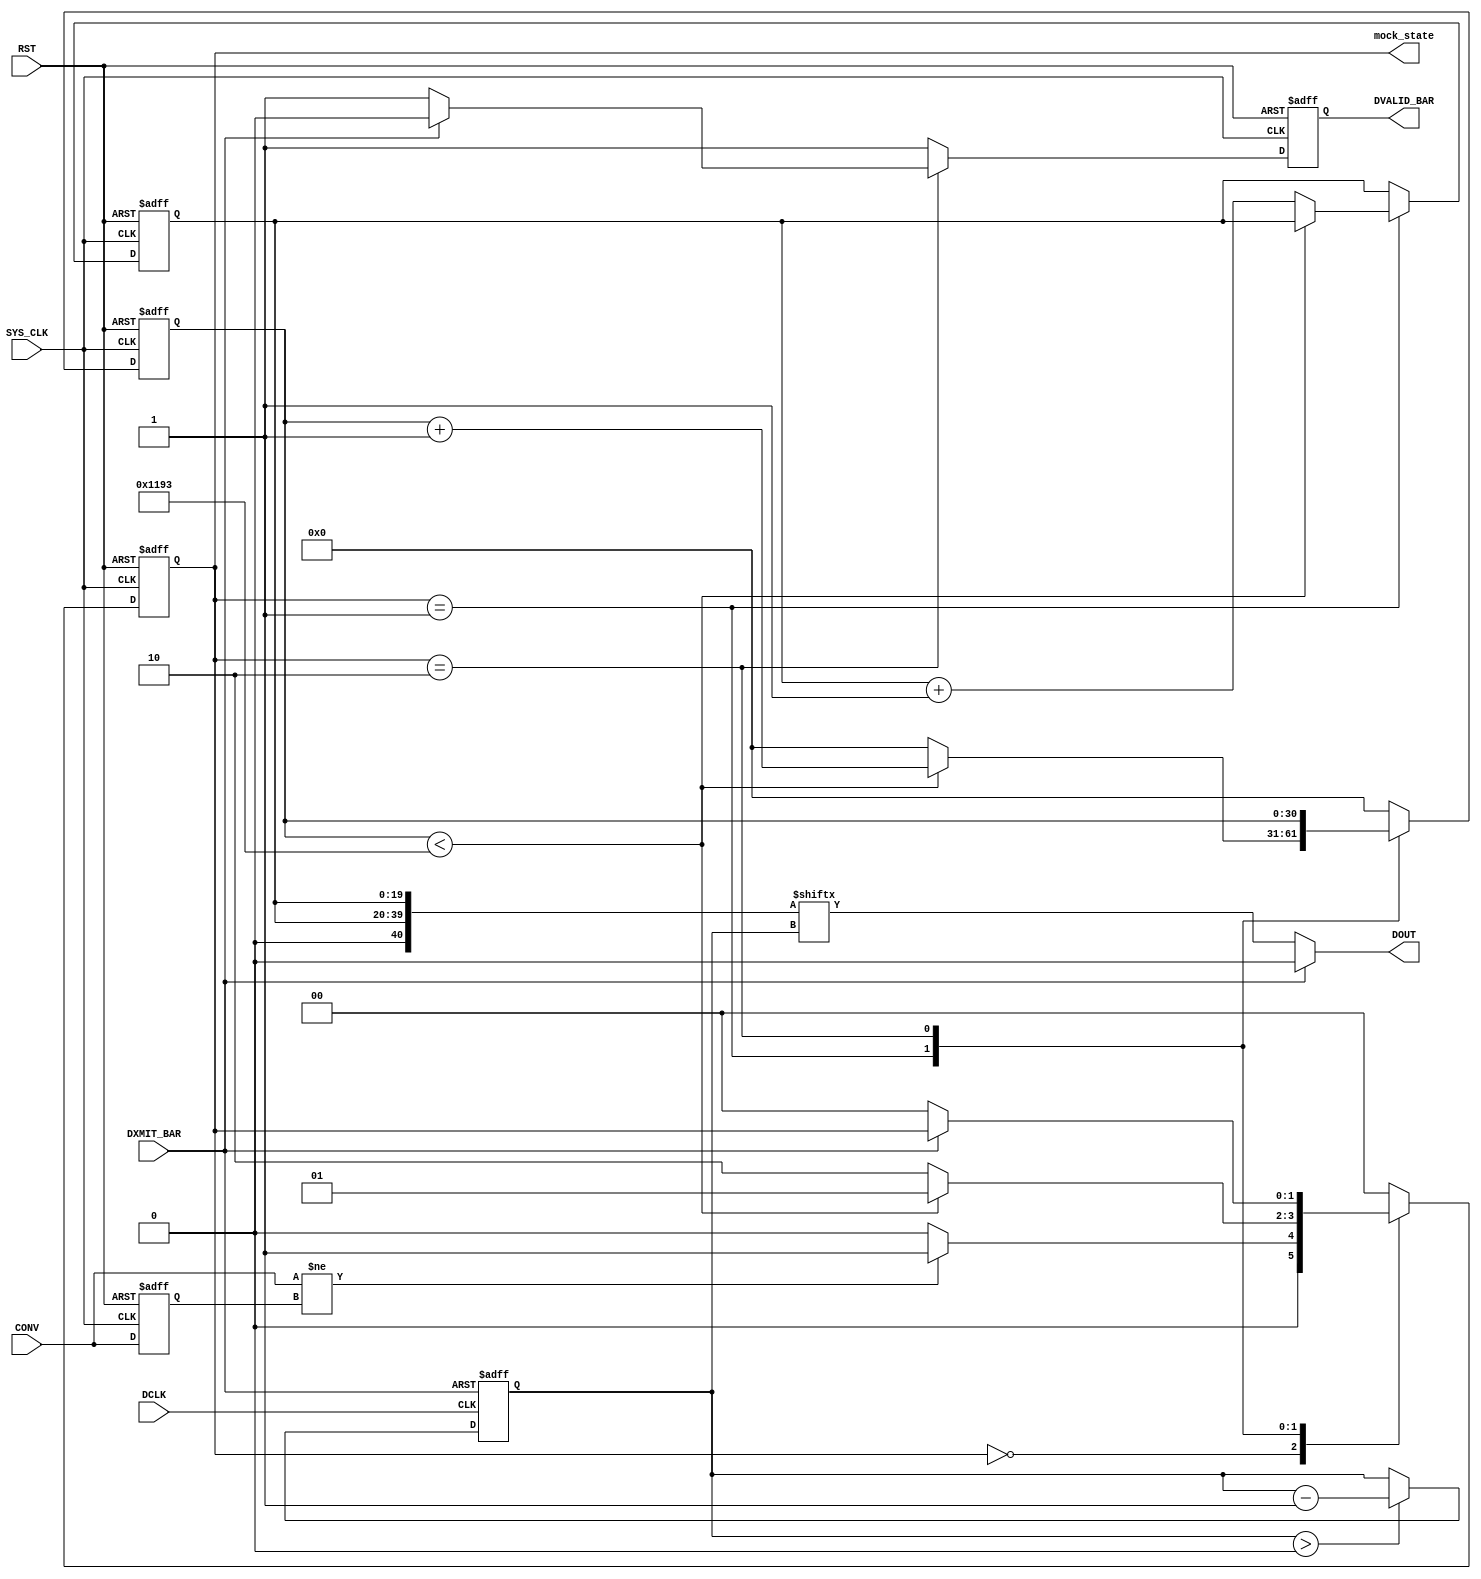
`timescale 1ns / 1ps
//////////////////////////////////////////////////////////////////////////////////
// Company: 
// Engineer: 
// 
// Design Name: 
// Module Name:    DDC112_mock 
// Project Name: 
// Target Devices: 
// Tool versions: 
// Description: 
//
// Dependencies: 
//
// Revision: 
// Revision 0.01 - File Created
// Additional Comments: 
//
//////////////////////////////////////////////////////////////////////////////////
	
	 //------------------------------------------------------------------------------------------
	 // Test bench to give mock data output given that DVALID toggles after 422usec @ 10MHz clk 
	 //------------------------------------------------------------------------------------------
	
module DDC112_mock(
	input RST,
	input SYS_CLK,
	input DCLK,
	input CONV,
	input DXMIT_BAR,
	output reg DVALID_BAR,
	//output reg DOUT,
	output  DOUT,
	
	output reg [1:0] mock_state //0 - IDLE, 1 - COUNT, 2 - DATAshift
    );

 //look for posedge or negedge of the CONV--> count for 422usec--> update output with clock DCLK given saw pattern(how many bits?).
	 // also each 20/40 bits are separated from each other (down and up saw)
	 
	 reg conv_old;
	 reg [30:0] mock_cnt;
	 reg [19:0] mock_data; // mock data(increases each time by one)
	 reg [5:0] shift_cnt;
	 parameter mockIDLE=0, mockCOUNT=1, mockDATAshift=2; 
	 parameter mock_time = 4500; // how long it would take to present data and DVALID_BAR at the output 
	 
	 always @(posedge SYS_CLK or posedge RST)
	 begin
		if (RST)
		begin
			conv_old			<= 0;
			mock_state		<= mockIDLE;
			mock_cnt			<=0;
			DVALID_BAR 		<=1;
			mock_data		<=0;
			shift_cnt		<=0;
		end
		else
		begin
			conv_old<= CONV;
			case (mock_state)
			mockIDLE:
			begin
				if (CONV!=conv_old) // at the moments of CONV toggling 
				begin
					mock_state<=mockCOUNT;
				end
				else
				begin
					mock_state<=mockIDLE;
				end
				mock_cnt			<=0;
				DVALID_BAR 		<=1;
			end
			
			mockCOUNT: //waiting for the "conversion to happen"
			begin
					if (mock_cnt< mock_time-1)
					begin
						mock_cnt<=mock_cnt+1;
						mock_state <= mockCOUNT;
					end
					else
					begin
						mock_cnt<=0;
						shift_cnt<=shift_cnt+1;
						mock_state <= mockDATAshift;
						mock_data		<=mock_data+1; // to have different output for different channel // not the best evaluation
						//mock_data		<=mock_data-1; // to have different output for different channel // not the best evaluation
						//mock_data <= 
					end
					DVALID_BAR 		<=1;
			end
			
			mockDATAshift:
			begin
					if (DXMIT_BAR==1)
					begin
						DVALID_BAR 		<=0;
					end
					else
					begin
						DVALID_BAR 		<=1;
						mock_state 		<= mockIDLE;
					end
			end
				
			default: 
			begin
				mock_state<=mockIDLE;
				mock_cnt			<=0;
				DVALID_BAR 		<=1;
			end
			
			endcase
			
		end
	 end
	 //------------------------------------------------------------------------------------------
	 
	 reg [7:0] mock_bitshift; // to cnt bits from 0->39 and then switch to idle;
	 wire [40:0] mock_data_ch2ch1;
//	 assign mock_data_ch2ch1 = {1'b0,mock_data, (mock_data)};
	 assign mock_data_ch2ch1 = {1'b0,mock_data, (mock_data)};
//	 assign mock_data_ch2ch1 = {1'b0,20'b11111111111111111111,20'b11111111111111111111}<<shift_cnt;
//	 assign mock_data_ch2ch1 = {1'b0,20'b10111111111111111101,20'b10000111111111100001};
	 
	// always @(negedge DCLK or posedge RST) // changes DOUT
	 always @(negedge DCLK or posedge DXMIT_BAR) // changes DOUT
	 begin
		if (DXMIT_BAR)
		begin
			mock_bitshift 	<=39;
			//DOUT				<=0;
		end
		else
		begin
			if (mock_bitshift>0)
			begin
				mock_bitshift<=mock_bitshift-1;
				//DOUT<=mock_data_ch2ch1[mock_bitshift];
			end
			//else
			//begin
			//	mock_bitshift<=40;
				//DOUT<=0;
			//end
			
		end
	 end
	 assign DOUT = (DXMIT_BAR==0)? mock_data_ch2ch1[mock_bitshift]:0;
endmodule